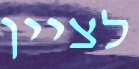
לציין